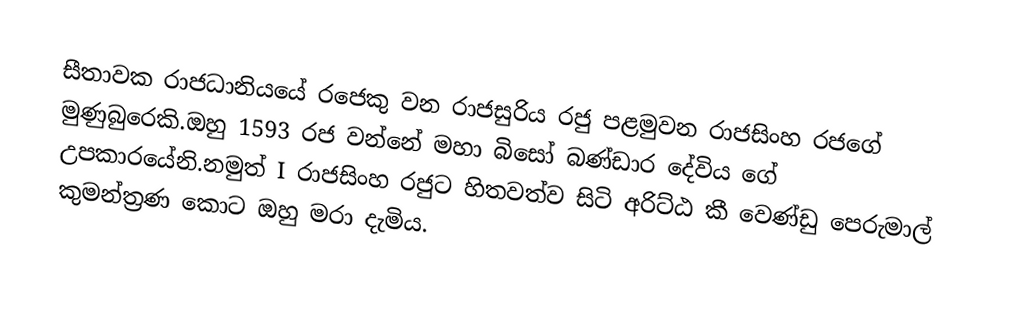
සීතාවක රාජධානියයේ රජෙකු වන රාජසුරිය රජු පළමුවන රාජසිංහ රජගේ මුණුබුරෙකි.ඔහු 1593 රජ වන්නේ මහා බිසෝ බණ්ඩාර දේවිය ගේ උපකාරයේනි.නමුත් I රාජසිංහ රජුට හිතවත්ව සිටි  අරිට්ඨ කී වෙණ්ඩු පෙරුමාල් කුමන්ත්‍රණ කොට ඔහු මරා දැමිය.